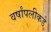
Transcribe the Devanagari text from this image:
वर्षांपलीकडे